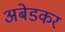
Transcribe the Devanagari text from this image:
अबेडकर